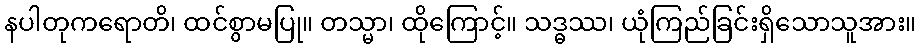
နပါတုကရောတိ၊ ထင်စွာမပြု။ တသ္မာ၊ ထိုကြောင့်။ သဒ္ဓဿ၊ ယုံကြည်ခြင်းရှိသောသူအား။